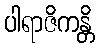
ပါရာဇိကန္တိ